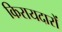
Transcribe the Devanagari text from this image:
किरायदारों